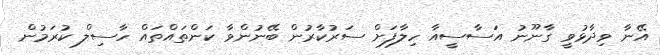
އޭނާ ވިދާޅުވީ ގާނޫނު އަސާސީއާ ހިލާފަށް ސަރުކާރުން ބޭނުންވާ ކަންތައްތައް ހާސިލް ކުރަމުން